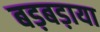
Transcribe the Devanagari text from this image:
बड़बड़ाया